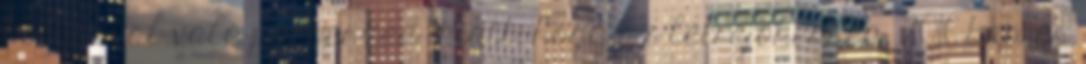
bolygóval való párbeszéd miatt, hogy az létrejöhessen. 2016-ban és